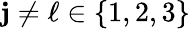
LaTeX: \mathbf{j}\neq\ell\in\{ 1,2,3\}